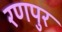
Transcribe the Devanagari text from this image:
रणपुर